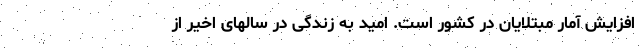
افزایش آمار مبتلایان در کشور است. امید به زندگی در سالهای اخیر از